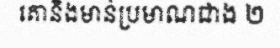
គោនិងមាន់ប្រមាណជាង ២